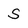
Character: S